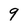
Character: 9